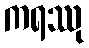
ကရဿု